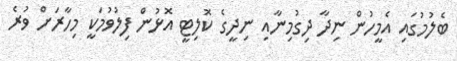
ބެލުމުގައި އެމީހުން ނިދާ ދިގުމިނާއި ނިދީގެ ކޮލިޓީ އޮޅުން ފިލުވުމަކީ މިހާރަށް ވުރެ